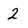
Character: 2